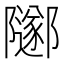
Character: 𨽛